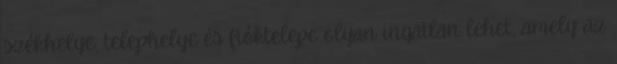
székhelye, telephelye és fióktelepe olyan ingatlan lehet, amely az